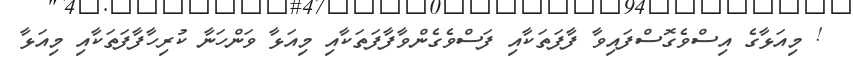
! މިއަޅާގެ އިސްވެގޮސްފައިވާ ފާފަތަކާއި ފަސްވެގެންވާފާފަތަކާއި މިއަޅާ ވަންހަނާ ކުރިހާފާފަތަކާއި މިއަޅާ